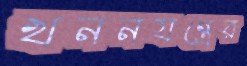
খননযন্ত্রের